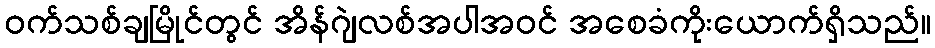
ဝက်သစ်ချမြိုင်တွင် အိန်ဂျဲလစ်အပါအဝင် အစေခံကိုးယောက်ရှိသည်။